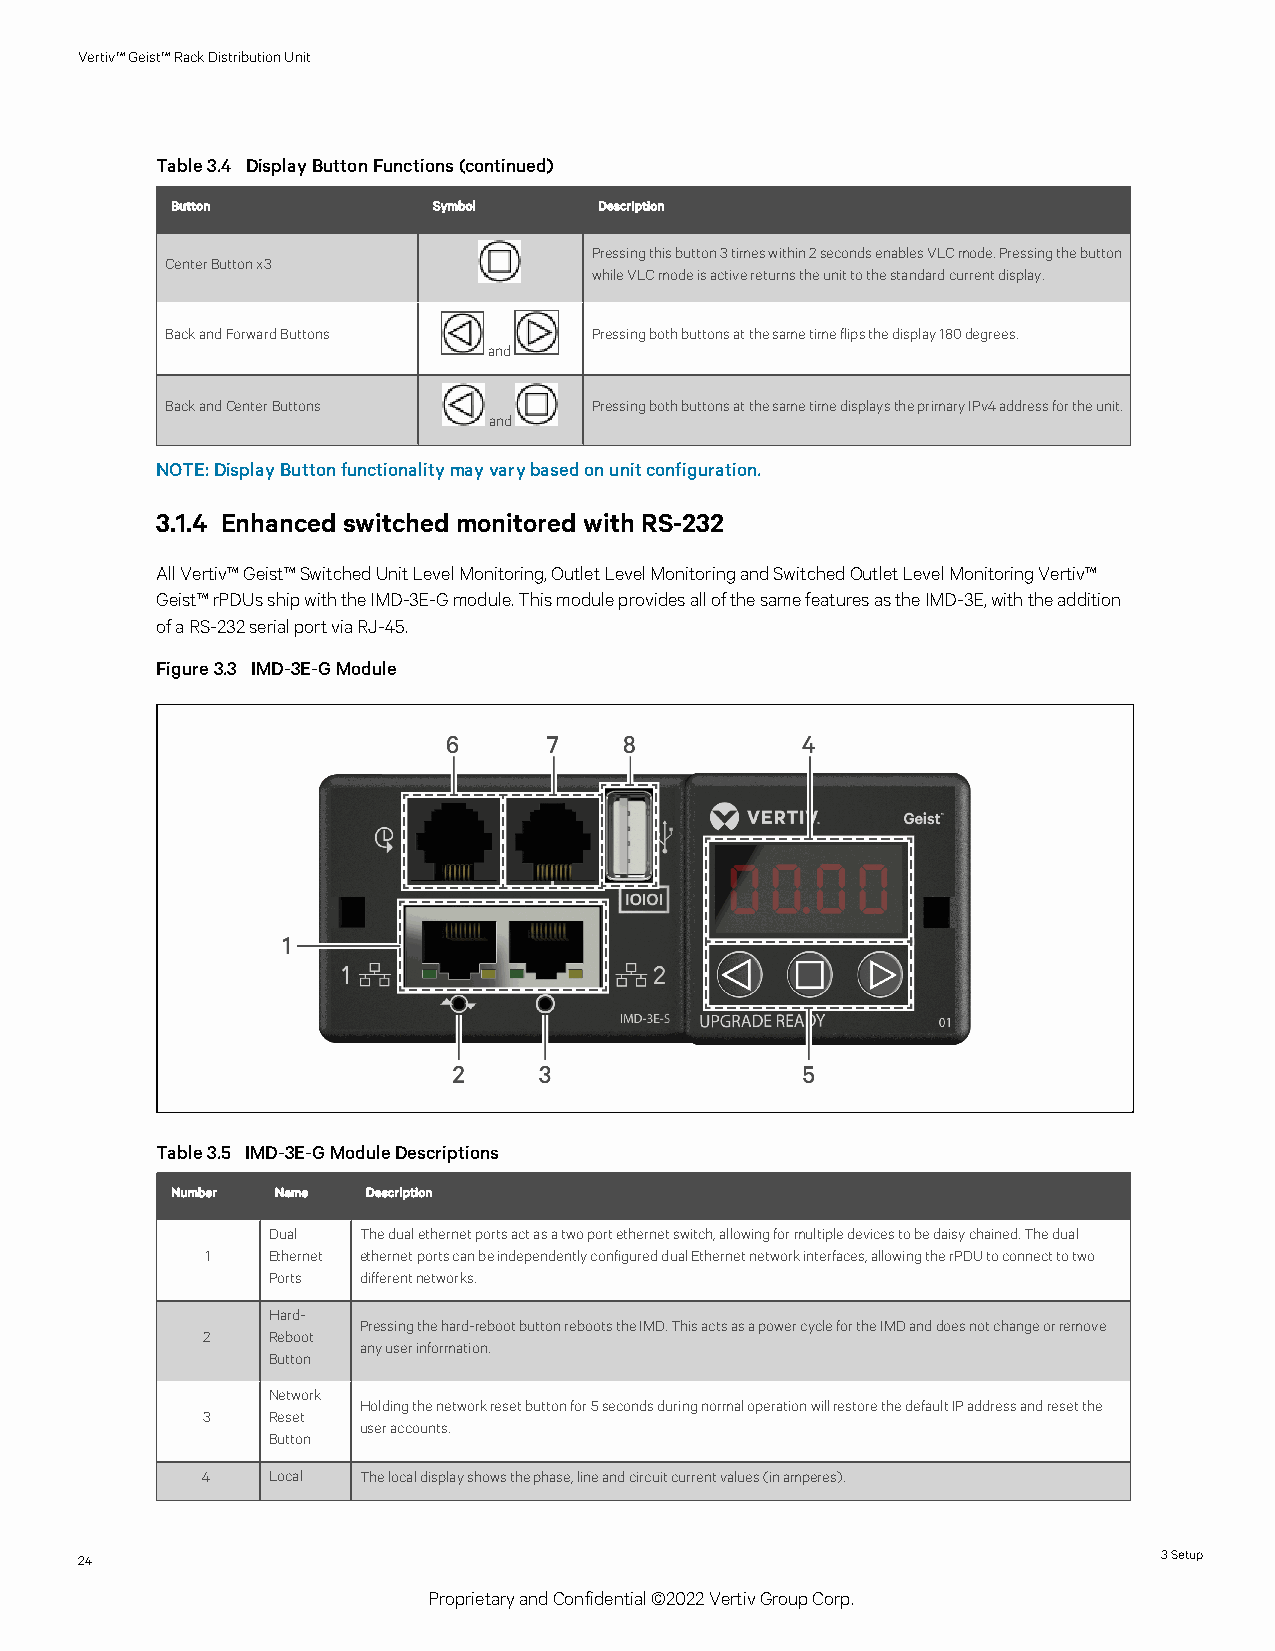
Vertiv™Geist™RackDistributionUnit
 Table3.4 DisplayButtonFunctions(continued)
 Button            Symbol     Description
 Pressingthisbutton3timeswithin2secondsenablesVLCmode.Pressingthebutton
 CenterButtonx3
 whileVLCmodeisactivereturnstheunittothestandardcurrentdisplay.
 BackandForwardButtons       Pressingbothbuttonsatthesametimeflipsthedisplay180degrees.
 and
 BackandCenterButtons        PressingbothbuttonsatthesametimedisplaystheprimaryIPv4addressfortheunit.
 and
 NOTE:DisplayButtonfunctionalitymayvarybasedonunitconfiguration.
 3.1.4 Enhanced switched monitored with RS-232
 AllVertiv™Geist™SwitchedUnitLevelMonitoring,OutletLevelMonitoringandSwitchedOutletLevelMonitoringVertiv™
 Geist™rPDUsshipwiththeIMD-3E-Gmodule.ThismoduleprovidesallofthesamefeaturesastheIMD-3E,withtheaddition
 ofaRS-232serialportviaRJ-45.
 Figure3.3 IMD-3E-GModule
 Table3.5 IMD-3E-GModuleDescriptions
 Number Name  Description
 Dual  Thedualethernetportsactasatwoportethernetswitch,allowingformultipledevicestobedaisychained.Thedual
 1   Ethernet ethernetportscanbeindependentlyconfigureddualEthernetnetworkinterfaces,allowingtherPDUtoconnecttotwo
 Ports differentnetworks.
 Hard-
 Pressingthehard-rebootbuttonrebootstheIMD.ThisactsasapowercyclefortheIMDanddoesnotchangeorremove
 2    Reboot
 anyuserinformation.
 Button
 Network
 Holdingthenetworkresetbuttonfor5secondsduringnormaloperationwillrestorethedefaultIPaddressandresetthe
 3    Reset
 useraccounts.
 Button
 4    Local Thelocaldisplayshowsthephase,lineandcircuitcurrentvalues(inamperes).
 24                                                                      3Setup
 ProprietaryandConfidential©2022VertivGroupCorp.